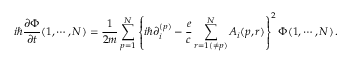
i \hbar { \frac { \partial \Phi } { \partial t } } ( 1 , \cdots , N ) = { \frac { 1 } { 2 m } } \sum _ { p = 1 } ^ { N } \left\{ i \hbar \partial _ { i } ^ { ( p ) } - { \frac { e } { c } } \sum _ { r = 1 ( \ne p ) } ^ { N } { \cal A } _ { i } ( p , r ) \right\} ^ { 2 } \Phi ( 1 , \cdots , N ) \, .